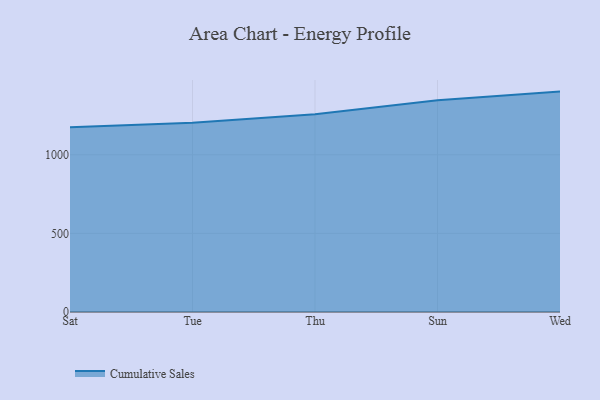
{"axis": {"x": "Day", "y": "Market Share (%)"}, "legend": ["Cumulative Sales"], "data": [{"x": "Sat", "y": 1174.8, "type": "Cumulative Sales"}, {"x": "Tue", "y": 1203.0, "type": "Cumulative Sales"}, {"x": "Thu", "y": 1258.0, "type": "Cumulative Sales"}, {"x": "Sun", "y": 1347.3, "type": "Cumulative Sales"}, {"x": "Wed", "y": 1401.6, "type": "Cumulative Sales"}]}